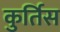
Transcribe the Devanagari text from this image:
कुर्तिस